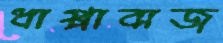
ধাপ্পাবাজ